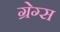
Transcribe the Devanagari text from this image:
ग्रेग्स